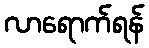
လာရောက်ရန်